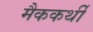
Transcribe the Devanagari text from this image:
मैककर्थी